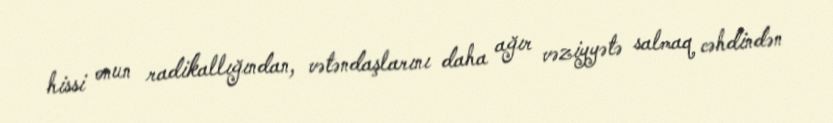
hissi onun radikallığından, vətəndaşlarını daha ağır vəziyyətə salmaq cəhdindən